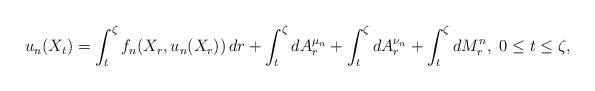
LaTeX: \begin{align*}u_n(X_{t})=\int_{t}^{\zeta}f_n(X_r,u_n(X_r))\,dr+\int_{t}^{\zeta}dA_{r}^{\mu_n}+\int_{t}^{\zeta}dA_{r}^{\nu_n} +\int_{t}^{\zeta}dM^n_{r},\,\, 0\le t\le\zeta,\end{align*}